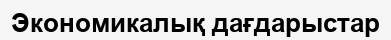
Экономикалық дағдарыстар